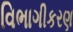
વિભાગીકરણ